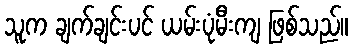
သူက ချက်ချင်းပင် ယမ်းပုံမီးကျ ဖြစ်သည်။